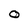
Character: 0